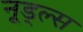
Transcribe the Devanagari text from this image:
नूड्ल्स